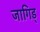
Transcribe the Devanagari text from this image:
जागिड्